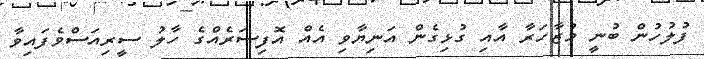
ފުލުހުން ބުނީ މުޒާހަރާ އާއި ގުޅިގެން އަނިޔާވި އެއް އޮފިސަރެއްގެ ހާލު ސީރިއަސްވެފައިވާ